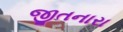
જીતનારા